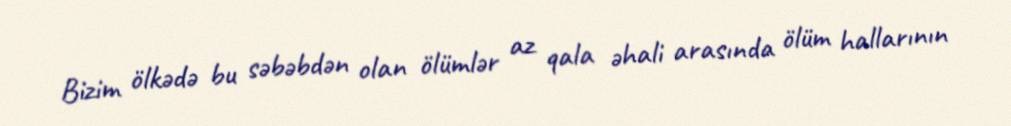
Bizim ölkədə bu səbəbdən olan ölümlər az qala əhali arasında ölüm hallarının